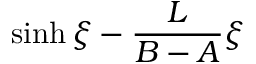
\sinh \xi - \frac { L } { B - A } \xi